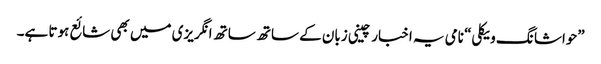
”حواشا نگ ویکلی“ نامی یہ اخبار چینی زبان کے ساتھ ساتھ انگریزی میں بھی شائع ہوتا ہے۔